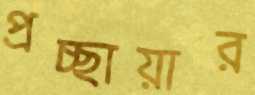
প্রচ্ছায়ার